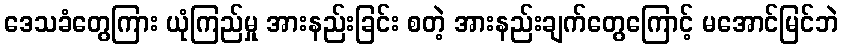
ဒေသခံတွေကြား ယုံကြည်မှု အားနည်းခြင်း စတဲ့ အားနည်းချက်တွေကြောင့် မအောင်မြင်ဘဲ